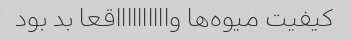
کیفیت میوه‌ها وااااااااااقعا بد بود